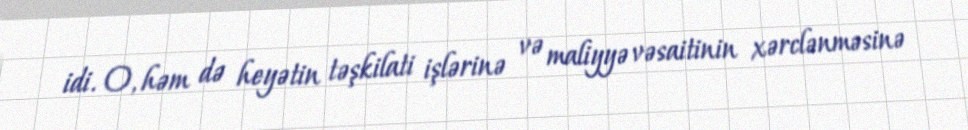
idi. O, həm də heyətin təşkilati işlərinə və maliyyə vəsaitinin xərclənməsinə